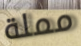
مملة